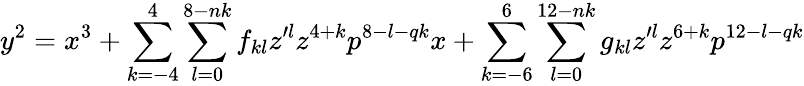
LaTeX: y^{2}=x^{3}+\sum_{k=-4}^{4}\sum_{l=0}^{8-nk}f_{kl}z^{\prime l}z^{4+k}p^{8-l-qk}x+\sum_{k=-6}^{6}\sum_{l=0}^{12-nk}g_{kl}z^{\prime l}z^{6+k}p^{12-l-qk}